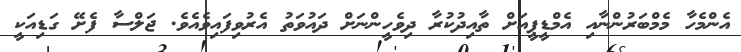
އެންމެހާ މެމްބަރުންނާއި އެމްޑީޕީއަށް ތާއިދުކުރާ ދިވެހީންނަށް ދައުވަތު އެރުވިފައިވެއެވެ. ޖަލްސާ ފެށޭ ގަޑިއަކީ